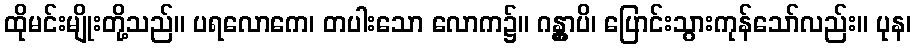
ထိုမင်းမျိုးတို့သည်။ ပရလောကေ၊ တပါးသော လောက၌။ ဂန္တွာပိ၊ ပြောင်းသွားကုန်သော်လည်း။ ပုန၊